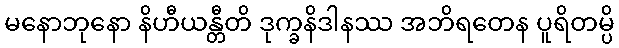
မနောဘုနော နိဟီယန္တီတိ ဒုက္ခနိဒါနဿ အဘိရတေန ပူရိတမ္ပိ